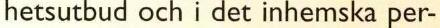
hetsutbud och i det inhemska per-